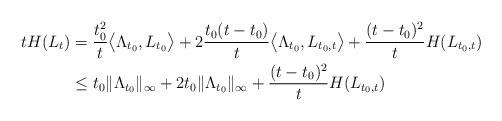
LaTeX: \begin{align*}\begin{aligned}t H(L_t)&= \frac{t_0^2} t \big\langle \Lambda_{t_0}, L_{t_0}\big\rangle+ 2 \frac{t_0 (t-t_0)}t \big\langle \Lambda_{t_0}, L_{t_0,t}\big\rangle+ \frac{(t-t_0)^2}t H(L_{t_0,t}) \\&\leq t_0 \|\Lambda_{t_0}\|_\infty + 2t_0 \|\Lambda_{t_0}\|_\infty +\frac{(t-t_0)^2}t H(L_{t_0,t})\end{aligned}\end{align*}